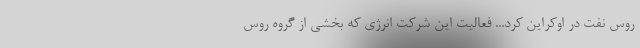
روس نِفت در اوکراین کرد... فعالیت این شرکت انرژی که بخشی از گروه روس